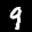
Label: 9